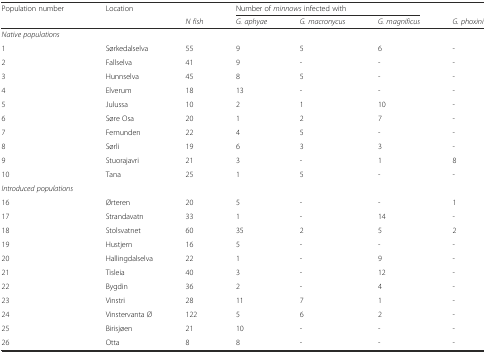
<table><thead><tr><td><b>Population number</b></td><td><b>Location</b></td><td></td><td colspan="3"><b>Number of <i>minnows</i> infected with</b></td><td></td></tr><tr><td></td><td></td><td><b><i>N fish</i></b></td><td><b><i>G. aphyae</i></b></td><td><b><i>G. macronycus</i></b></td><td><b><i>G. magnificus</i></b></td><td><b><i>G. phoxini</i></b></td></tr></thead><tbody><tr><td colspan="7"><i>Native populations</i></td></tr><tr><td>1</td><td>Sørkedalselva</td><td>55</td><td>9</td><td>5</td><td>6</td><td>-</td></tr><tr><td>2</td><td>Fallselva</td><td>41</td><td>9</td><td>-</td><td>-</td><td>-</td></tr><tr><td>3</td><td>Hunnselva</td><td>45</td><td>8</td><td>5</td><td>-</td><td>-</td></tr><tr><td>4</td><td>Elverum</td><td>18</td><td>13</td><td>-</td><td>-</td><td>-</td></tr><tr><td>5</td><td>Julussa</td><td>10</td><td>2</td><td>1</td><td>10</td><td>-</td></tr><tr><td>6</td><td>Søre Osa</td><td>20</td><td>1</td><td>2</td><td>7</td><td>-</td></tr><tr><td>7</td><td>Femunden</td><td>22</td><td>4</td><td>5</td><td>-</td><td>-</td></tr><tr><td>8</td><td>Sørli</td><td>19</td><td>6</td><td>3</td><td>3</td><td>-</td></tr><tr><td>9</td><td>Stuorajavri</td><td>21</td><td>3</td><td>-</td><td>1</td><td>8</td></tr><tr><td>10</td><td>Tana</td><td>25</td><td>1</td><td>5</td><td>-</td><td>-</td></tr><tr><td><i>Introduced populations</i></td><td></td><td></td><td></td><td></td><td></td><td></td></tr><tr><td>16</td><td>Ørteren</td><td>20</td><td>5</td><td>-</td><td>-</td><td>1</td></tr><tr><td>17</td><td>Strandavatn</td><td>33</td><td>1</td><td>-</td><td>14</td><td>-</td></tr><tr><td>18</td><td>Stolsvatnet</td><td>60</td><td>35</td><td>2</td><td>5</td><td>2</td></tr><tr><td>19</td><td>Hustjern</td><td>16</td><td>5</td><td>-</td><td>-</td><td>-</td></tr><tr><td>20</td><td>Hallingdalselva</td><td>22</td><td>1</td><td>-</td><td>9</td><td>-</td></tr><tr><td>21</td><td>Tisleia</td><td>40</td><td>3</td><td>-</td><td>12</td><td>-</td></tr><tr><td>22</td><td>Bygdin</td><td>36</td><td>2</td><td>-</td><td>4</td><td>-</td></tr><tr><td>23</td><td>Vinstri</td><td>28</td><td>11</td><td>7</td><td>1</td><td>-</td></tr><tr><td>24</td><td>Vinstervanta Ø</td><td>122</td><td>5</td><td>6</td><td>2</td><td>-</td></tr><tr><td>25</td><td>Birisjøen</td><td>21</td><td>10</td><td>-</td><td>-</td><td>-</td></tr><tr><td>26</td><td>Otta</td><td>8</td><td>8</td><td>-</td><td>-</td><td>-</td></tr></tbody></table>